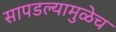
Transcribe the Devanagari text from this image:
सापडल्यामुळेच